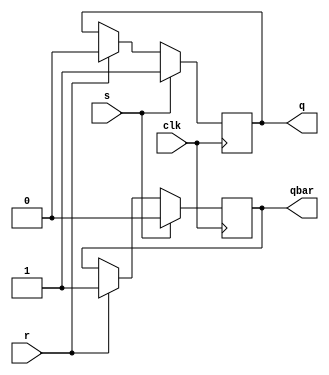
`timescale 1ns / 1ps
//////////////////////////////////////////////////////////////////////////////////
// Company: 
// Engineer: 
//  
// Design Name: 
// Module Name:    srff 
// Project Name: 
// Target Devices: 
// Tool versions: 
// Description: 
//
// Dependencies: 
//
// Revision: 
// Revision 0.01 - File Created
// Additional Comments: 
//
//////////////////////////////////////////////////////////////////////////////////
module srff(s,r,clk,q,qbar);
input s,r,clk;
output reg q,qbar;
always @(posedge clk)
begin
if(s==1)
begin
q=1;
qbar=0;
end
else if(r==1)
begin
q=0;
qbar=1;
end
else if(s==0 & r==0)
begin
q<=q;
qbar<=qbar;
end
end
endmodule